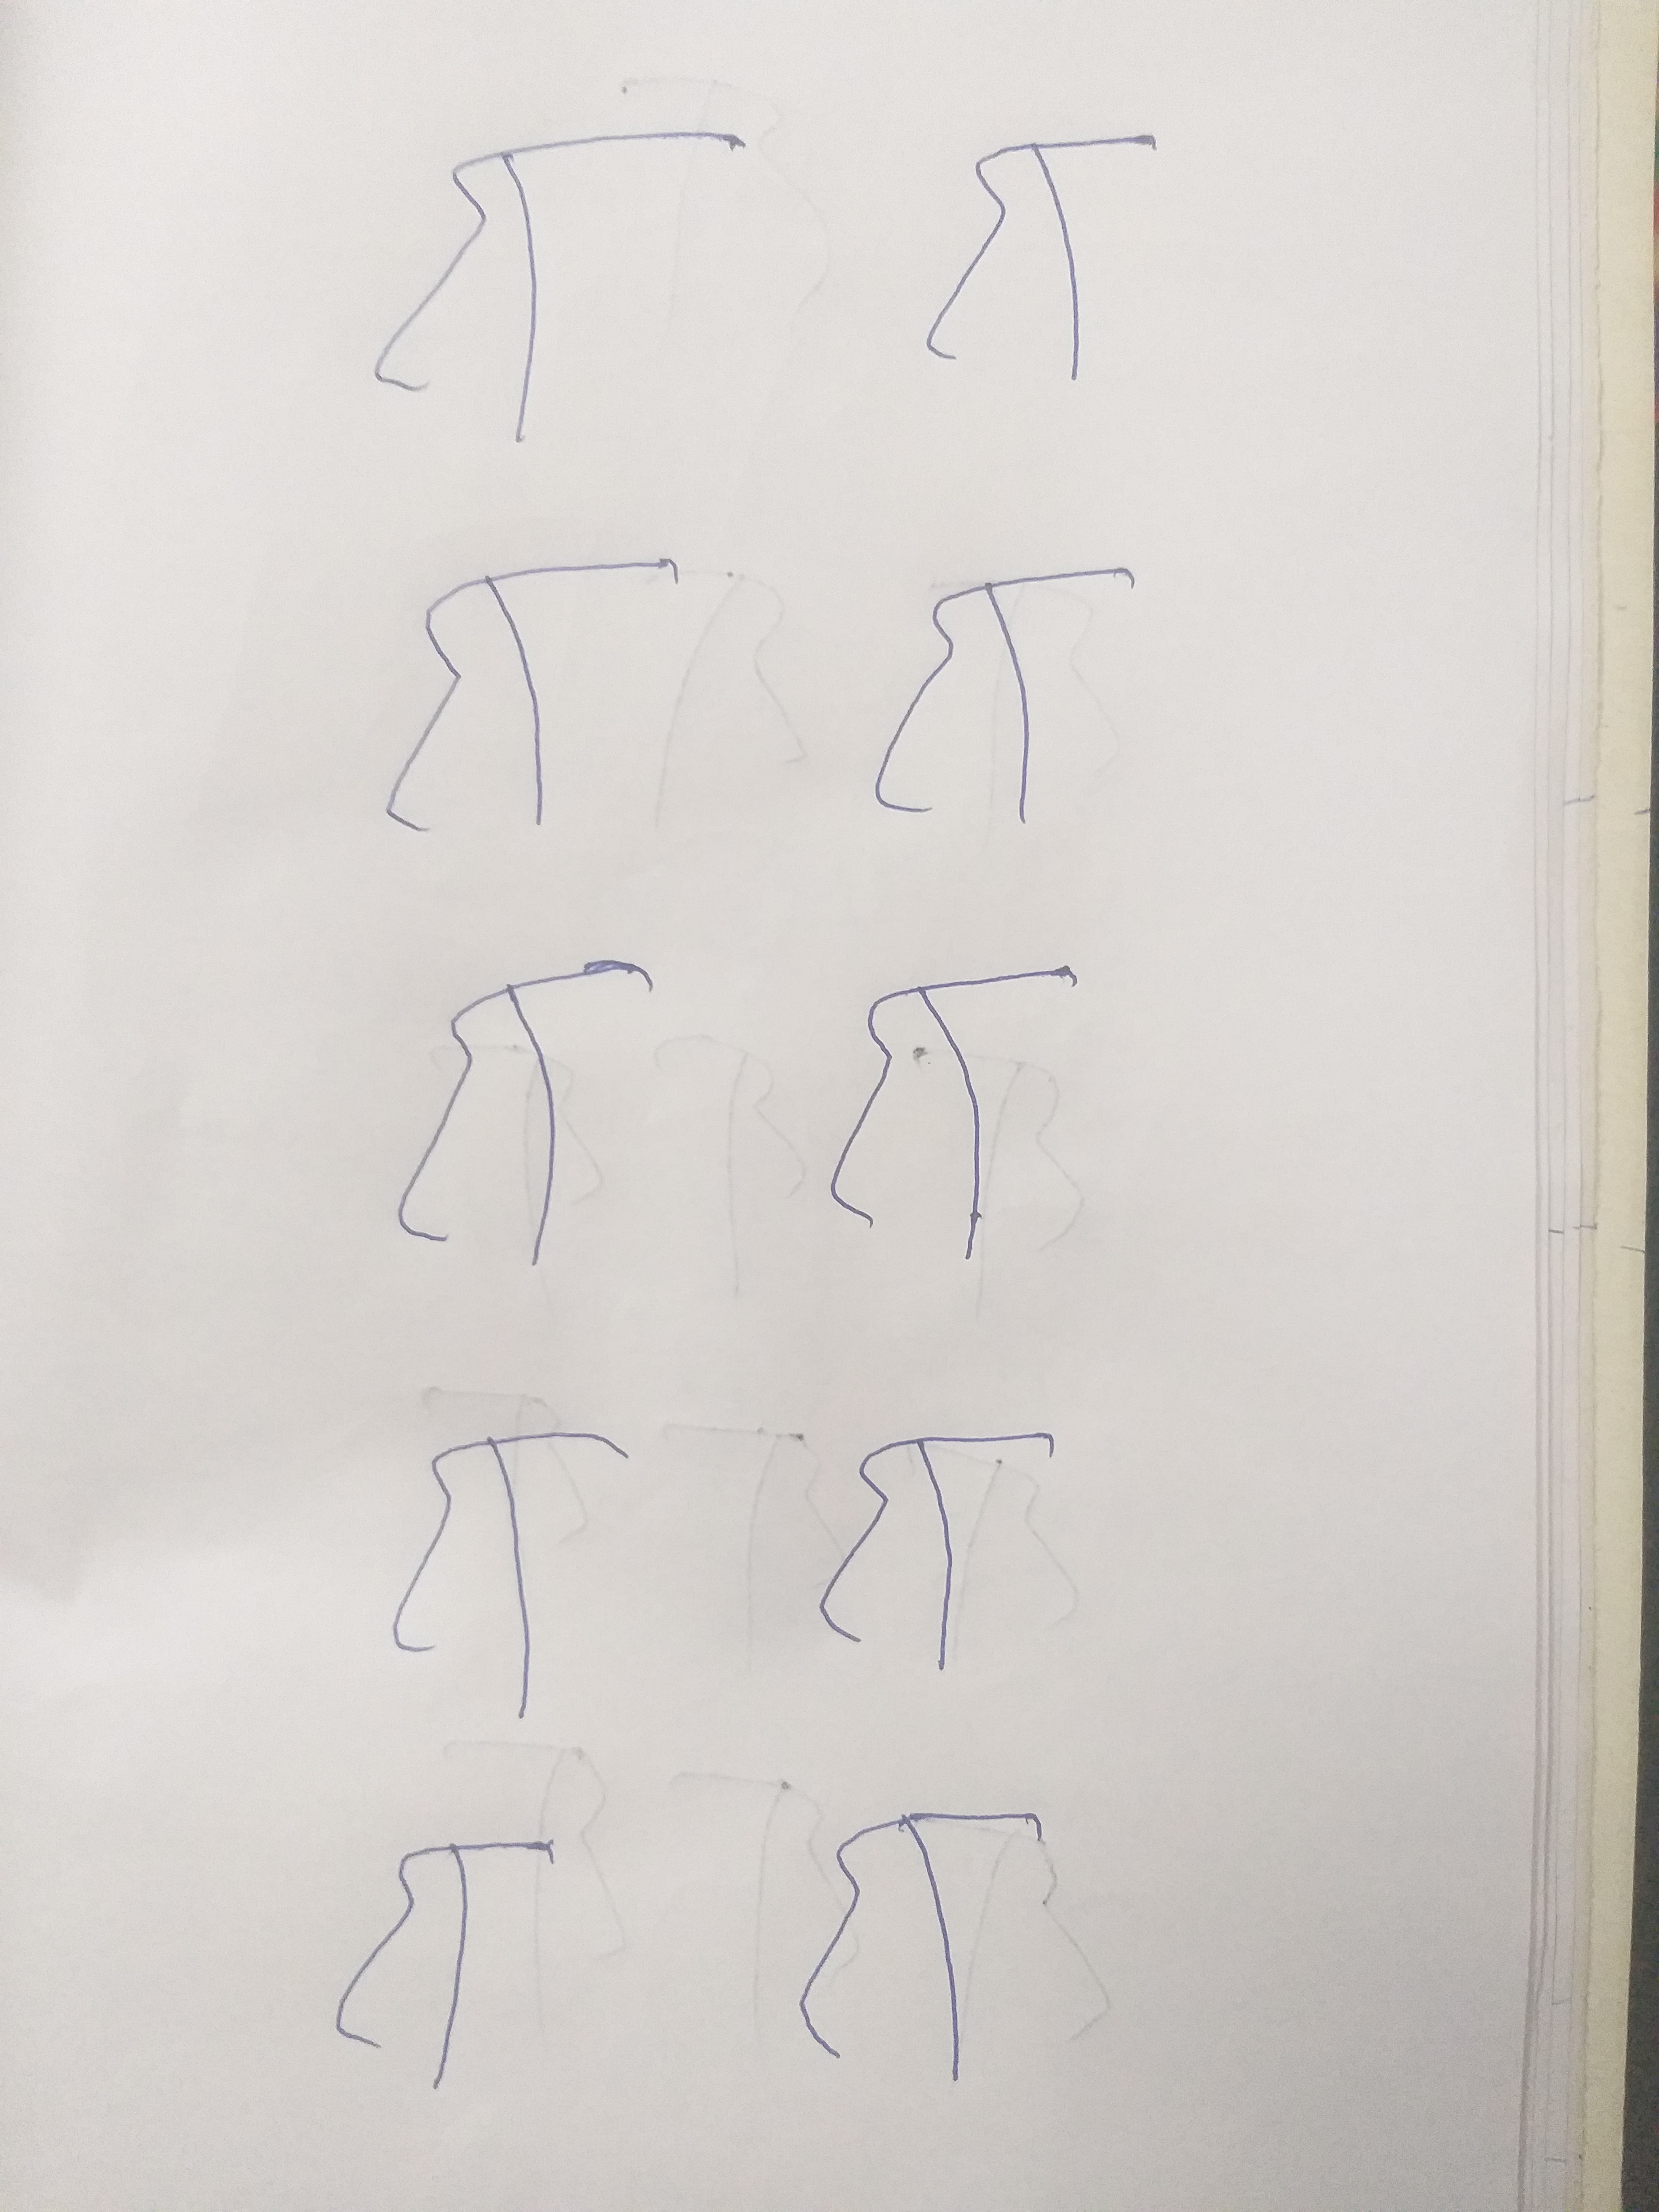
Signature authenticity: forged